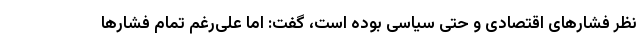
نظر فشارهای اقتصادی و حتی سیاسی بوده است، گفت: اما علی‌رغم تمام فشارها